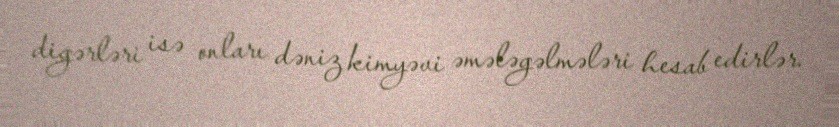
digərləri isə onları dəniz kimyəvi əmələgəlmələri hesab edirlər.